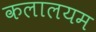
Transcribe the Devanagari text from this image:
कलालयम